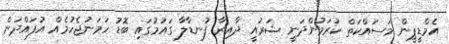
އެމްޑީޕީން މަސައްކަތް ކުރަމުންދަނީ ޝަރުއީ ދާއިރާ ފުނޑާލާ ގައުމުގައި ބޮޑު ހަމަނުޖެހުމެއް އުފައްދަން